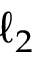
\ell _ { 2 }